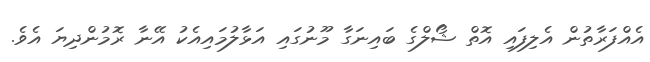
އެއްފަރާތުން އެލިފައި އޮތް ޝޯލްގެ ބައިނަގާ މޫނުގައި އަޅާލުމައިއެކު އޭނާ ރޮމުންދިޔަ އެވެ.